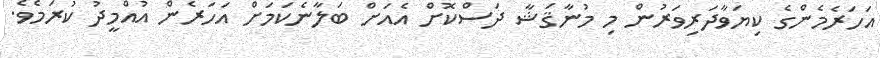
އަހަރެމެންގެ ކިޔަވާދަރިވަރުން މި މުނާޤަޝާ ދަސްކޮށް އެއަށް ބަލާނެކަމަށް އަހަރެން އުއްމީދު ކުރަމެވެ.